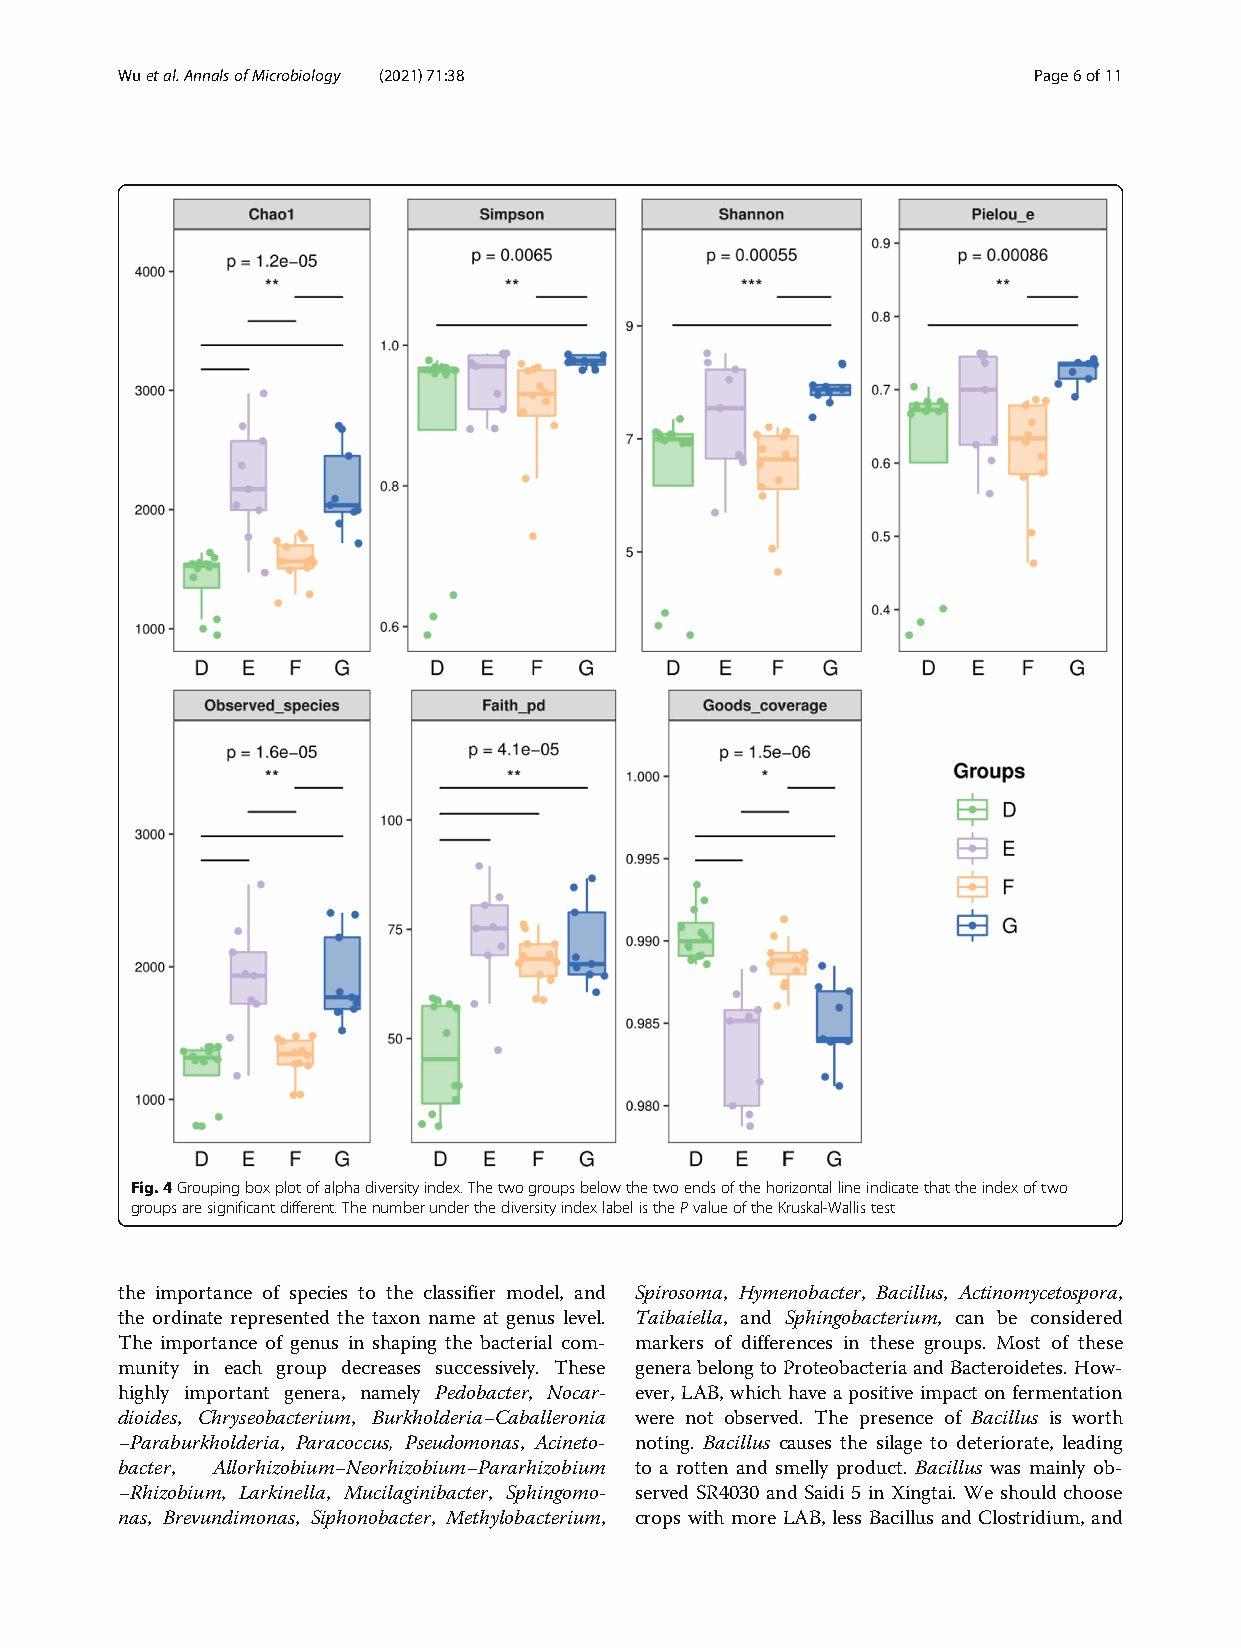
Wuetal.AnnalsofMicrobiology (2021) 71:38                    Page6of11
 Fig.4Groupingboxplotofalphadiversityindex.Thetwogroupsbelowthetwoendsofthehorizontallineindicatethattheindexoftwo
 groupsaresignificantdifferent.ThenumberunderthediversityindexlabelisthePvalueoftheKruskal-Wallistest
 the importance of species to the classifier model, and Spirosoma, Hymenobacter, Bacillus, Actinomycetospora,
 the ordinate represented the taxon name at genus level. Taibaiella, and Sphingobacterium, can be considered
 The importance of genus in shaping the bacterial com- markers of differences in these groups. Most of these
 munity in each group decreases successively. These generabelongtoProteobacteria andBacteroidetes.How-
 highly important genera, namely Pedobacter, Nocar- ever, LAB, which have a positive impact on fermentation
 dioides, Chryseobacterium, Burkholderia−Caballeronia were not observed. The presence of Bacillus is worth
 −Paraburkholderia, Paracoccus, Pseudomonas, Acineto- noting. Bacillus causes the silage to deteriorate, leading
 bacter, Allorhizobium−Neorhizobium−Pararhizobium to a rotten and smelly product. Bacillus was mainly ob-
 −Rhizobium, Larkinella, Mucilaginibacter, Sphingomo- served SR4030 and Saidi 5 in Xingtai. We should choose
 nas, Brevundimonas, Siphonobacter, Methylobacterium, crops with more LAB, less Bacillus and Clostridium, and